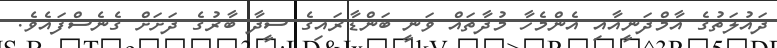
ދައުލަތުގެ އާމްދަނީއާއި އެންމެހާ މުދާތައް ވަނީ ބަންޑާރައިގެ ސީދާ ބާރުގެ ދަށަށް ގެނެސްފައެވެ.